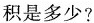
积是多少？